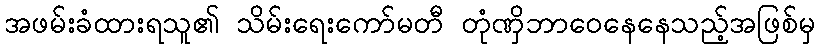
အဖမ်းခံထားရသူ၏ သိမ်းရေးကော်မတီ တုံဏှိဘာဝေနေနေသည့်အဖြစ်မှ